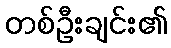
တစ်ဦးချင်း၏